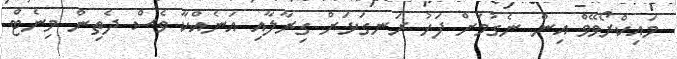
މައިކްރޯވޭވް އިން ނެގުމަށް ފަހު ރަނގަޅަށް ގިރާލާއި އަނެއްކާ ވެސް ދެތިން މިނެޓް